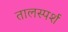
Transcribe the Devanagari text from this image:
तालस्पर्श